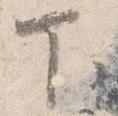
下